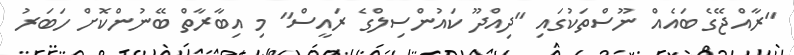
"ރާއްޖޭގެ ބައެއް ނޫސްތަކުގައި "ދިއްދޫ ކައުންސިލްގެ ރައީސް" މި އިބާރާތް ބޭނުންކޮށް ހަބަރު